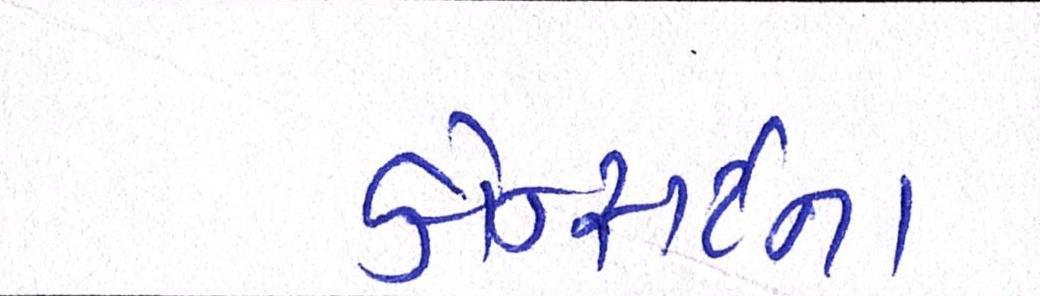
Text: કોન્સર્ટના